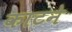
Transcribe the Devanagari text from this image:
काटनेे